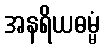
အနရိယဓမ္မံ